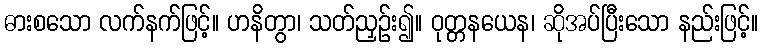
ဓားစသော လက်နက်ဖြင့်။ ဟနိတွာ၊ သတ်ညှဉ်း၍။ ဝုတ္တနယေန၊ ဆိုအပ်ပြီးသော နည်းဖြင့်။